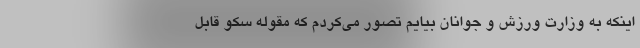
اینکه به وزارت ورزش و جوانان بیایم تصور می‌کردم که مقوله سکو قابل